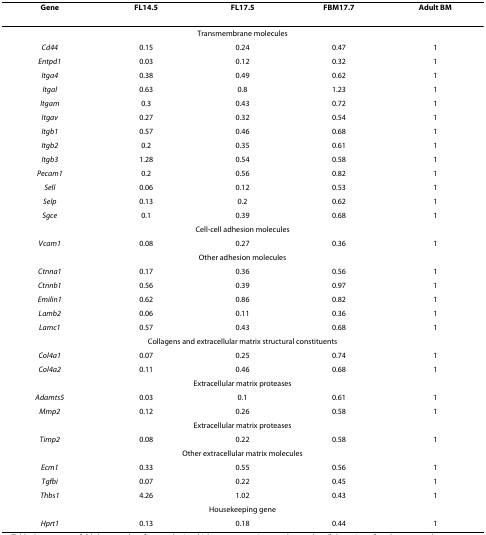
| Gene | FL14.5 | FL17.5 | FBM17.7 | Adult BM |
 | --- | --- | --- | --- | --- |
 | <COLSPAN=5> Transmembrane molecules |
 | Cd44 | 0.15 | 0.24 | 0.47 | 1 |
 | Entpd1 | 0.03 | 0.12 | 0.32 | 1 |
 | Itga4 | 0.38 | 0.49 | 0.62 | 1 |
 | Itgal | 0.63 | 0.8 | 1.23 | 1 |
 | Itgam | 0.3 | 0.43 | 0.72 | 1 |
 | Itgav | 0.27 | 0.32 | 0.54 | 1 |
 | Itgb1 | 0.57 | 0.46 | 0.68 | 1 |
 | Itgb2 | 0.2 | 0.35 | 0.61 | 1 |
 | Itgb3 | 1.28 | 0.54 | 0.58 | 1 |
 | Pecam1 | 0.2 | 0.56 | 0.82 | 1 |
 | Sell | 0.06 | 0.12 | 0.53 | 1 |
 | Selp | 0.13 | 0.2 | 0.62 | 1 |
 | Sgce | 0.1 | 0.39 | 0.68 | 1 |
 | <COLSPAN=5> Cell-cell adhesion molecules |
 | Vcam1 | 0.08 | 0.27 | 0.36 | 1 |
 | <COLSPAN=5> Other adhesion molecules |
 | Ctnna1 | 0.17 | 0.36 | 0.56 | 1 |
 | Ctnnb1 | 0.56 | 0.39 | 0.97 | 1 |
 | Emilin1 | 0.62 | 0.86 | 0.82 | 1 |
 | Lamb2 | 0.06 | 0.11 | 0.36 | 1 |
 | Lamc1 | 0.57 | 0.43 | 0.68 | 1 |
 | <COLSPAN=5> Collagens and extracellular matrix structural constituents |
 | Col4a1 | 0.07 | 0.25 | 0.74 | 1 |
 | Col4a2 | 0.11 | 0.46 | 0.68 | 1 |
 | <COLSPAN=5> Extracellular matrix proteases |
 | Adamts5 | 0.03 | 0.1 | 0.61 | 1 |
 | Mmp2 | 0.12 | 0.26 | 0.58 | 1 |
 | <COLSPAN=5> Extracellular matrix proteases |
 | Timp2 | 0.08 | 0.22 | 0.58 | 1 |
 | <COLSPAN=5> Other extracellular matrix molecules |
 | Ecm1 | 0.33 | 0.55 | 0.56 | 1 |
 | Tgfbi | 0.07 | 0.22 | 0.45 | 1 |
 | Thbs1 | 4.26 | 1.02 | 0.43 | 1 |
 | <COLSPAN=5> Housekeeping gene |
 | Hprt1 | 0.13 | 0.18 | 0.44 | 1 |